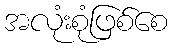
အလုံးစုံဖြစ်စေ